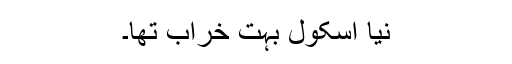
نیا اسکول بہت خراب تھا۔